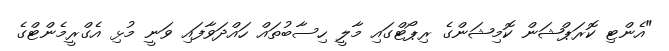
"އެންޓި ކޮރަޕްޝަން ކޮމިޝަންގެ ރިޕޯޓްގައި މާލީ ހިސާބުތައް ހައްދަވާފައި ވަނީ މުޅި އެގްރީމެންޓްގެ